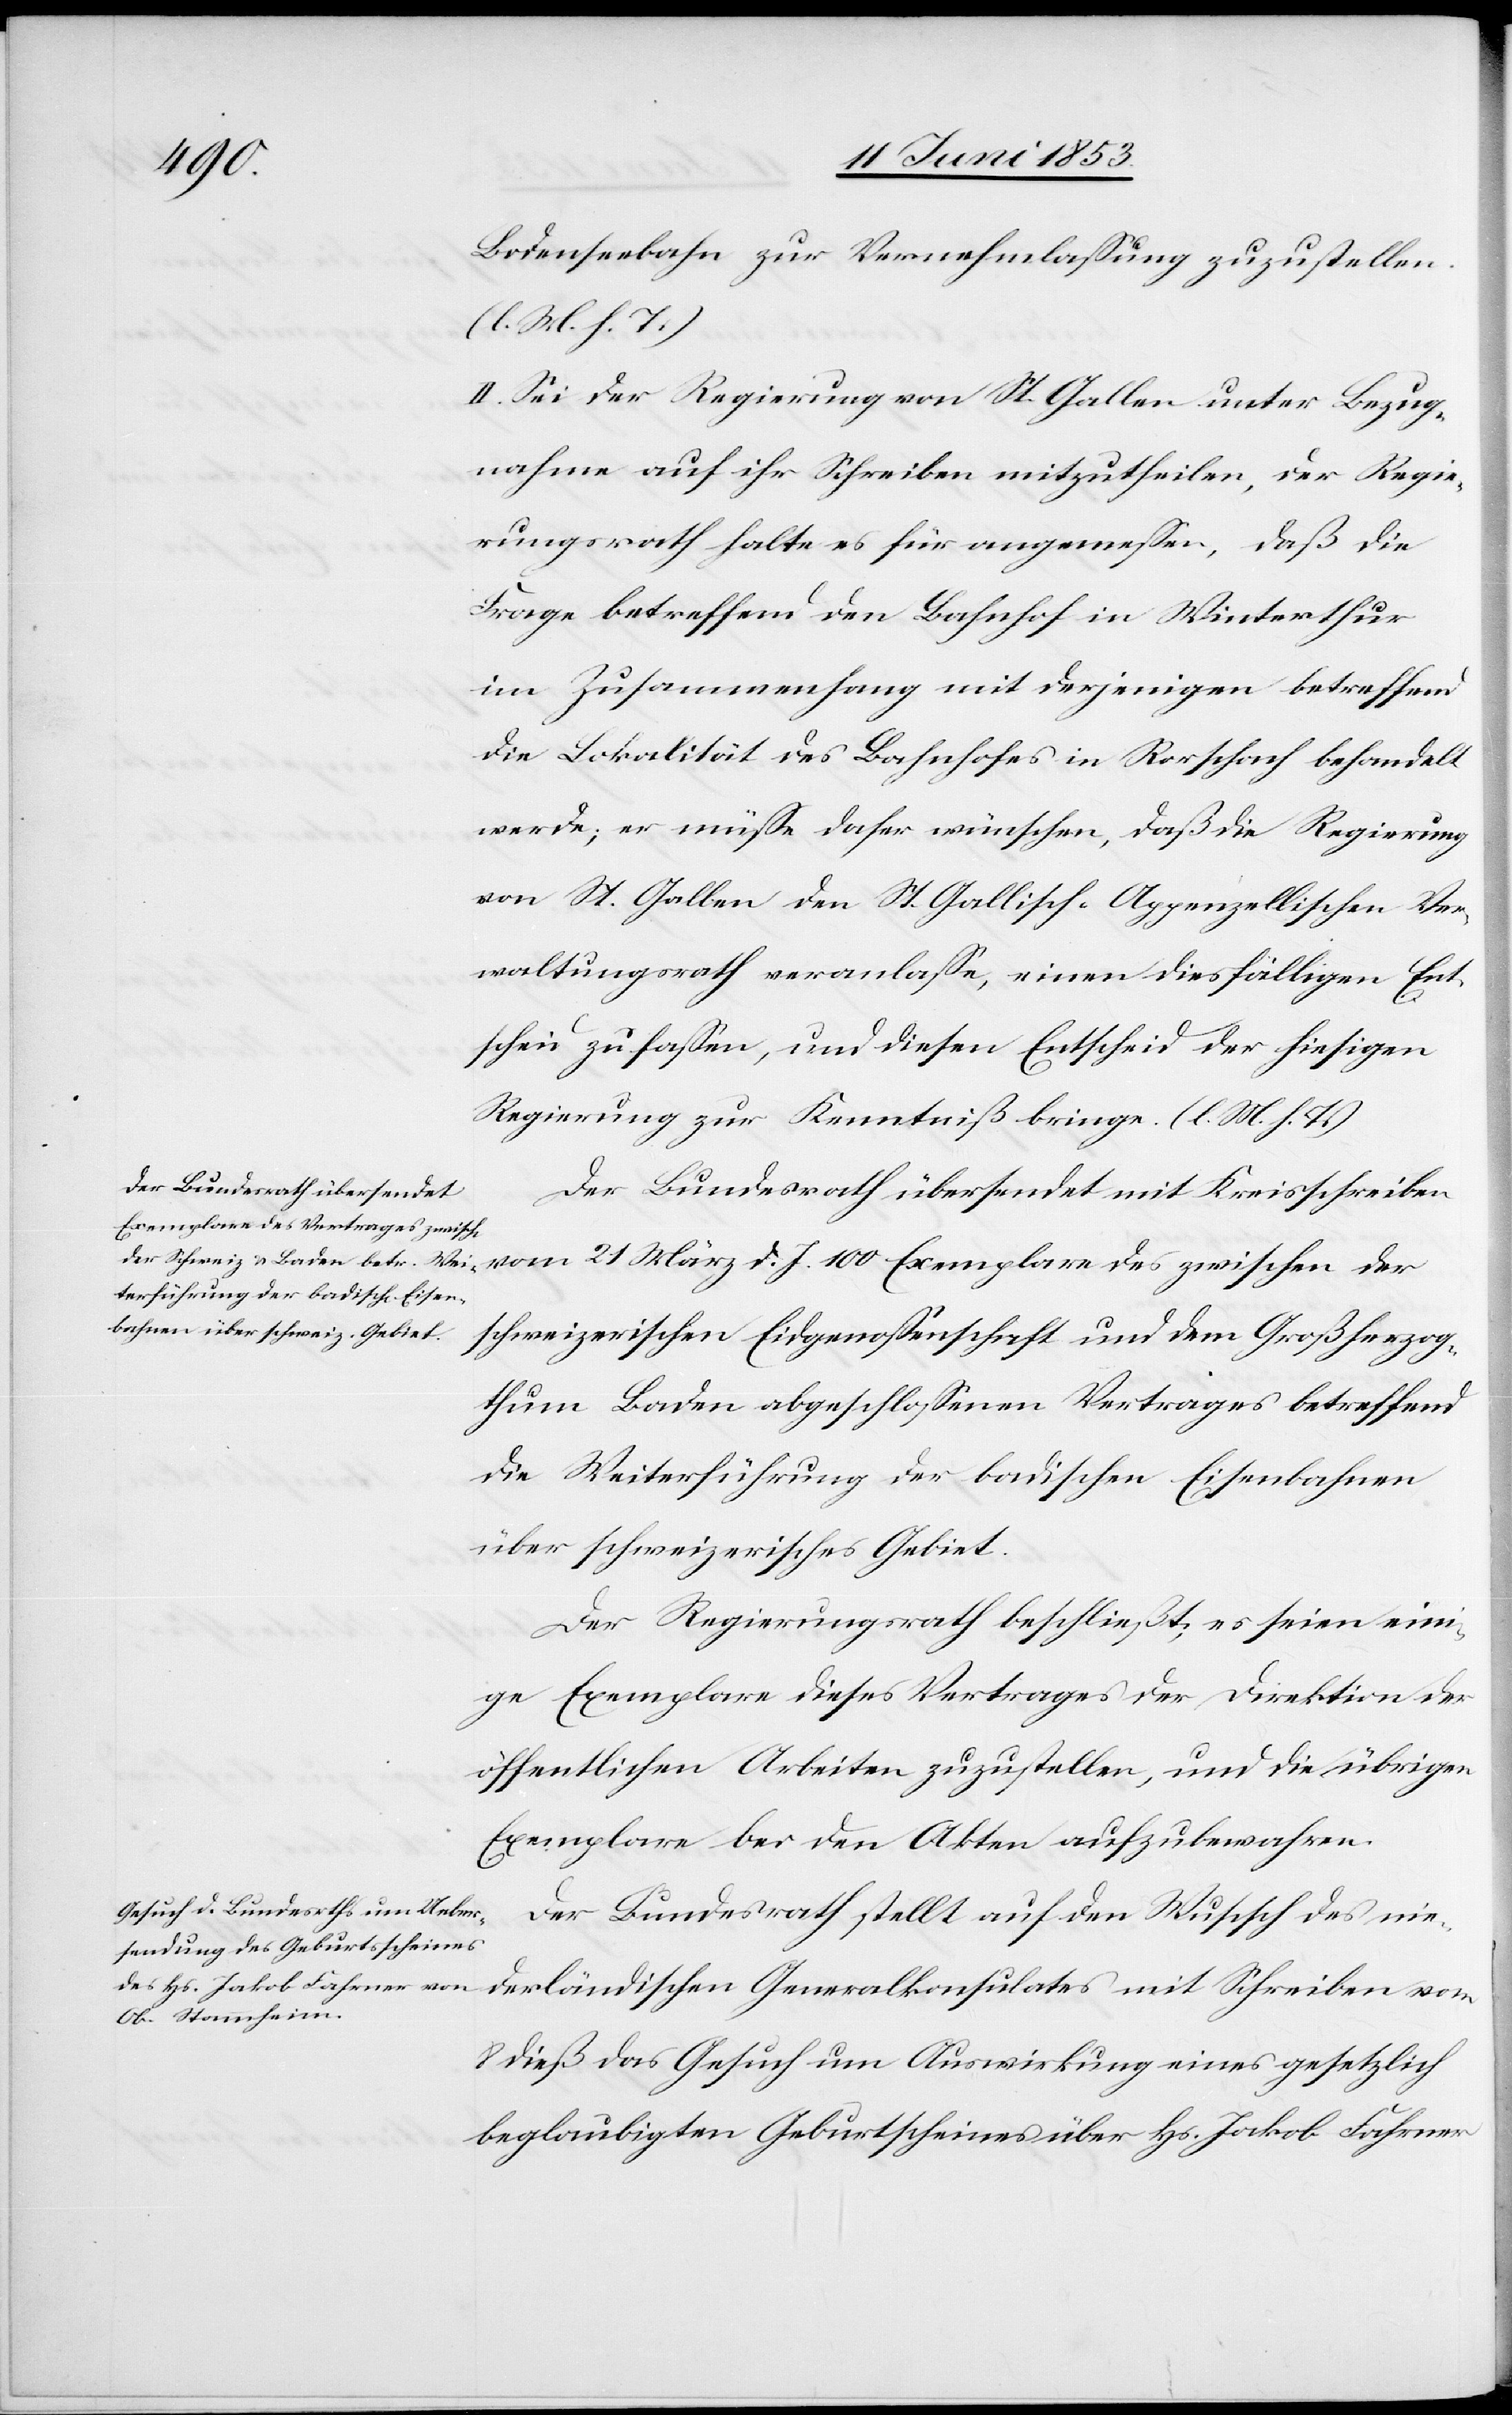
ischen
Bodenseebahn zur Vernehmlaßung zuzustellen.
[l. M. h. T].
II. Sei der Regierung von St. Gallen unter Bezug¬
nahme auf ihr Schreiben mitzutheilen, der Regie¬
rungsrath halte es für angemeßen, daß die
Frage betreffend den Bahnhof in Winterthur
im Zusammenhang mit derjenigen betreffend
die Lokalität des Bahnhofes in Rorschach behandelt
werde, er müße daher wünschen, daß die Regierung
von St. Gallen den St. Gallisch-Appenzellischen Ver¬
waltungsrath veranlaße, einen diesfälligen Ent¬
scheid zu faßen, und diesen Entscheid der hiesigen
Regierung zur Kenntniß zu bringen. [l. M. h. T]
Der Bundesrath übersendet mit Kreisschreiben
vom 21 März d. J. 100 Exemplare des zwischen der
schweizerischen Eidgenossenschaft und dem Großherzog¬
thum Baden abgeschloßenen Vertrages betreffend
die Weiterführung der badischen Eisenbahnen
über schweizerisches Gebiet.
Der Regierungsrath beschließt, es seien eini¬
ge Exemplare dieses Vertrages der Direktion der
öffentlichen Arbeiten zuzustellen, und die übrigen
Exemplare bei den Akten aufzubewahren.
Der Bundesrath stellt auf den Wunsch des nie¬
8 dieß das Gesuch um Auswirkung eines gesetzlich
beglaubigten Geburtsscheines über Hs. Jakob Fahrner